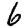
Digit: 6